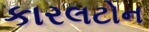
કારલટોન